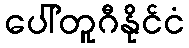
ပေါ်တူဂီနိုင်ငံ